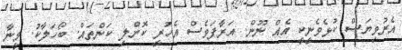
އެރުވިޔަސް ކުޅެވެނީކީ އެއް ނޫން. އަރާފަވެސް އެހުރީ ކޮށްލި ކަންތައް. ބޯހަލާކު. މީނާ